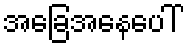
အခြေအနေပေါ်